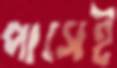
পাসেই